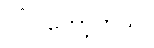
လိုပါတော့တယ်။